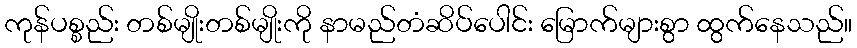
ကုန်ပစ္စည်း တစ်မျိုးတစ်မျိုးကို နာမည်တံဆိပ်ပေါင်း မြောက်များစွာ ထွက်နေသည်။